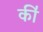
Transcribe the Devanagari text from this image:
की॑